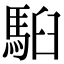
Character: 𩢹